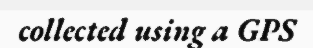
collected using a GPS